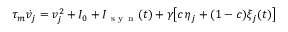
\tau _ { m } \dot { v } _ { j } = v _ { j } ^ { 2 } + I _ { 0 } + I _ { \mathrm { ~ s ~ y ~ n ~ } } ( t ) + \gamma \big [ c \; \! \eta _ { j } + ( 1 - c ) \xi _ { j } ( t ) \big ]